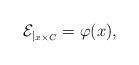
LaTeX: \begin{align*}\mathcal{E}_{|_{x \times C}} = \varphi(x),\end{align*}